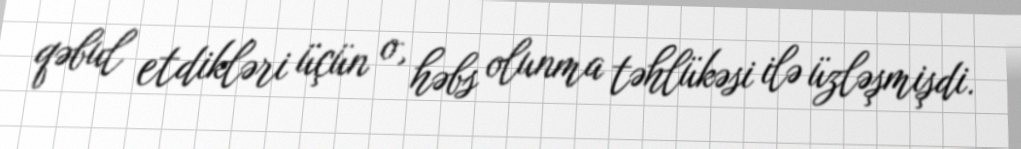
qəbul etdikləri üçün o, həbs olunma təhlükəsi ilə üzləşmişdi.